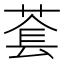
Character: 𬝑